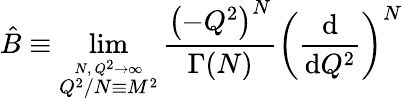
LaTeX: \hat{B}\equiv\operatorname*{lim}_{\stackrel{N,~Q^{2}\rightarrow\infty}{Q^{2}/N\equiv M^{2}}}\frac{\left(-Q^{2}\right)^{N}}{\Gamma(N)}\left(\frac{\mathrm{d}}{\mathrm{d}Q^{2}}\right)^{N}